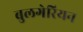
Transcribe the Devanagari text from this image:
बुलगेरियन